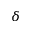
\delta